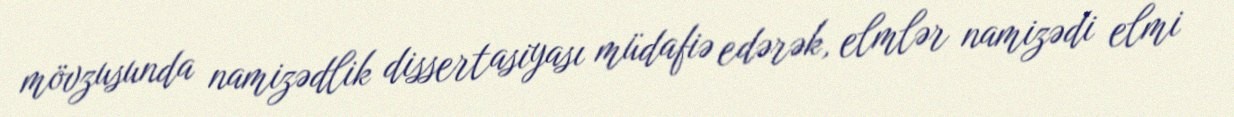
mövzusunda namizədlik dissertasiyası müdafiə edərək, elmlər namizədi elmi